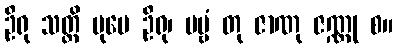
ဦရု သတ္ထိ ပုမေ ဦရု၊ ပဗ္ဗံ တု ဇာဏု ဇဏ္ဏု စ။